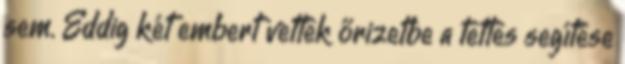
sem. Eddig két embert vettek őrizetbe a tettes segítése